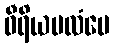
ဝီရိယဗလံပေ